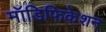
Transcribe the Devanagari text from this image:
मॉडिफिकेशन